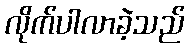
လိုက်ပါလာခဲ့သည်